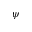
\psi